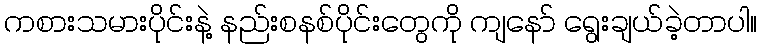
ကစားသမားပိုင်းနဲ့ နည်းစနစ်ပိုင်းတွေကို ကျနော် ရွေးချယ်ခဲ့တာပါ။